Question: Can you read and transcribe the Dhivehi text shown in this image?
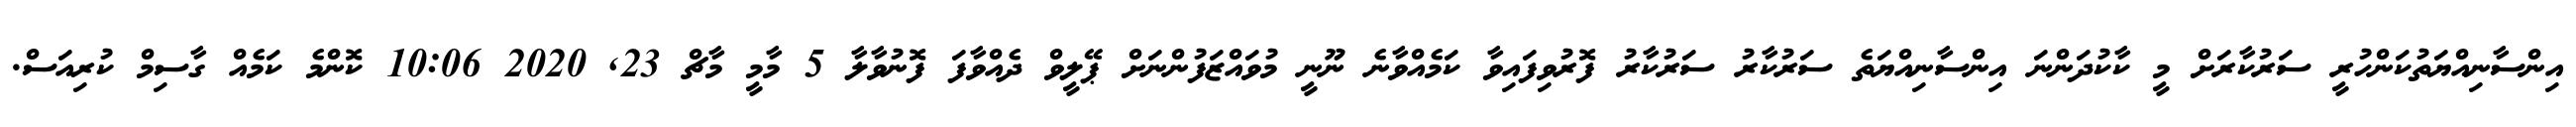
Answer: އިންސާނިއްޔަތުކަންހުރީ ސަރުކާރަށް މީ ކާކުދަންނަ އިންސާނިއްޔަތެ ސަރުކާރު ސަރުކާރު ފޮރުވިފައިވާ ކަމެއްވާނެ ނޫނީ މުވައްޒަފުންނަށް ޕޭލީވް ދެއްވާފަ ފޮނުވާލާ 5 މާމީ މާޗް 23, 2020 10:06 ކޮންމެ ކަމެއް ގާސިމް ކުރިއަސް.